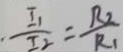
\frac { I _ { 1 } } { I _ { 2 } } = \frac { R _ { 2 } } { R _ { 1 } }